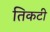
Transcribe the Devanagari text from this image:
तिकटी